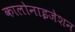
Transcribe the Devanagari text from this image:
कालोनाइजेशन